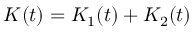
K ( t ) = K _ { 1 } ( t ) + K _ { 2 } ( t )